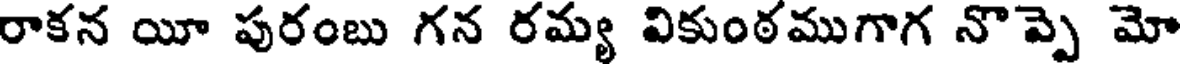
రాకన యీ పురంబు గన రమ్య వికుంఠముగాగ నొప్పె మో